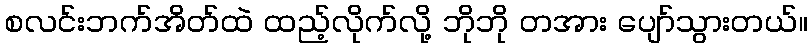
စလင်းဘက်အိတ်ထဲ ထည့်လိုက်လို့ ဘိုဘို တအား ပျော်သွားတယ်။